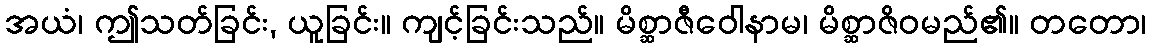
အယံ၊ ဤသတ်ခြင်း, ယူခြင်း။ ကျင့်ခြင်းသည်။ မိစ္ဆာဇီဝေါနာမ၊ မိစ္ဆာဇိဝမည်၏။ တတော၊